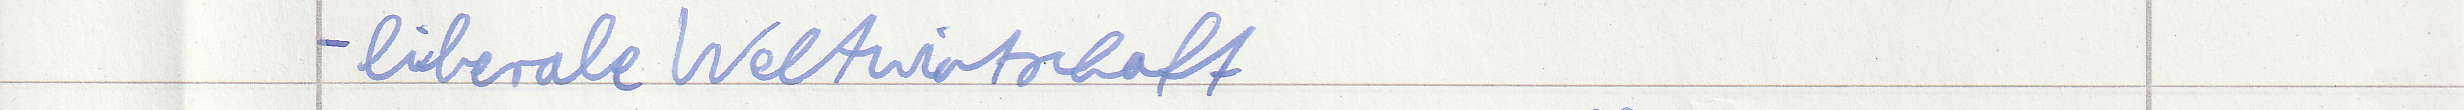
- liberale Weltwirtschaft